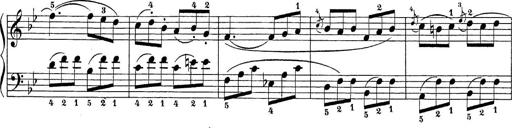
Title: Sonatina Album
Composer: Louis KÃ¶hler